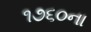
૧૭૬૦ના